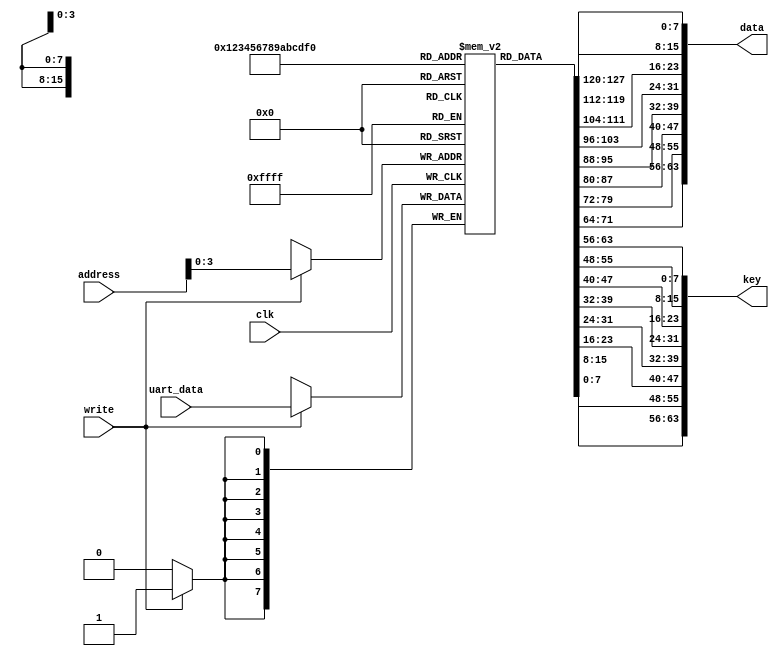
`timescale 1ns / 1ps
//////////////////////////////////////////////////////////////////////////////////
// Company: 
// Engineer: 
// 
// Design Name: 
// Module Name: newone
// Project Name: 
// Target Devices: 
// Tool Versions: 
// Description: 
// 
// Dependencies: 
// 
// Revision:
// Revision 0.01 - File Created
// Additional Comments:
// 
//////////////////////////////////////////////////////////////////////////////////


module data_reg(input clk,
               input [7:0] uart_data,
               input [7:0] address,
               input write,
               output [63:0] data,
               output [63:0] key
    );
    
    reg [7:0] data_key [15:0];//first 64 bits data next 64 bits key
    assign data={data_key[7],data_key[6],data_key[5],data_key[4],data_key[3],data_key[2],data_key[1],data_key[0]};
    assign key ={data_key[15],data_key[14],data_key[13],data_key[12],data_key[11],data_key[10],data_key[9],data_key[8]};
    always @(posedge clk) begin
    if(write)
        data_key[address]=uart_data;
    end
    
endmodule